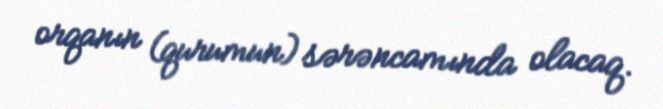
orqanın (qurumun) sərəncamında olacaq.